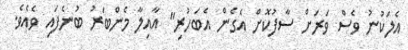
އެލަކުނު ވެސް ވަރަށް ސާފުކޮށް އެގެން އެބަހުރި" އާއިލާ މެންބަރު ބުނެފައި ވެއެވެ.